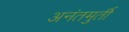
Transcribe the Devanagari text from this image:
अनंतमुर्ती